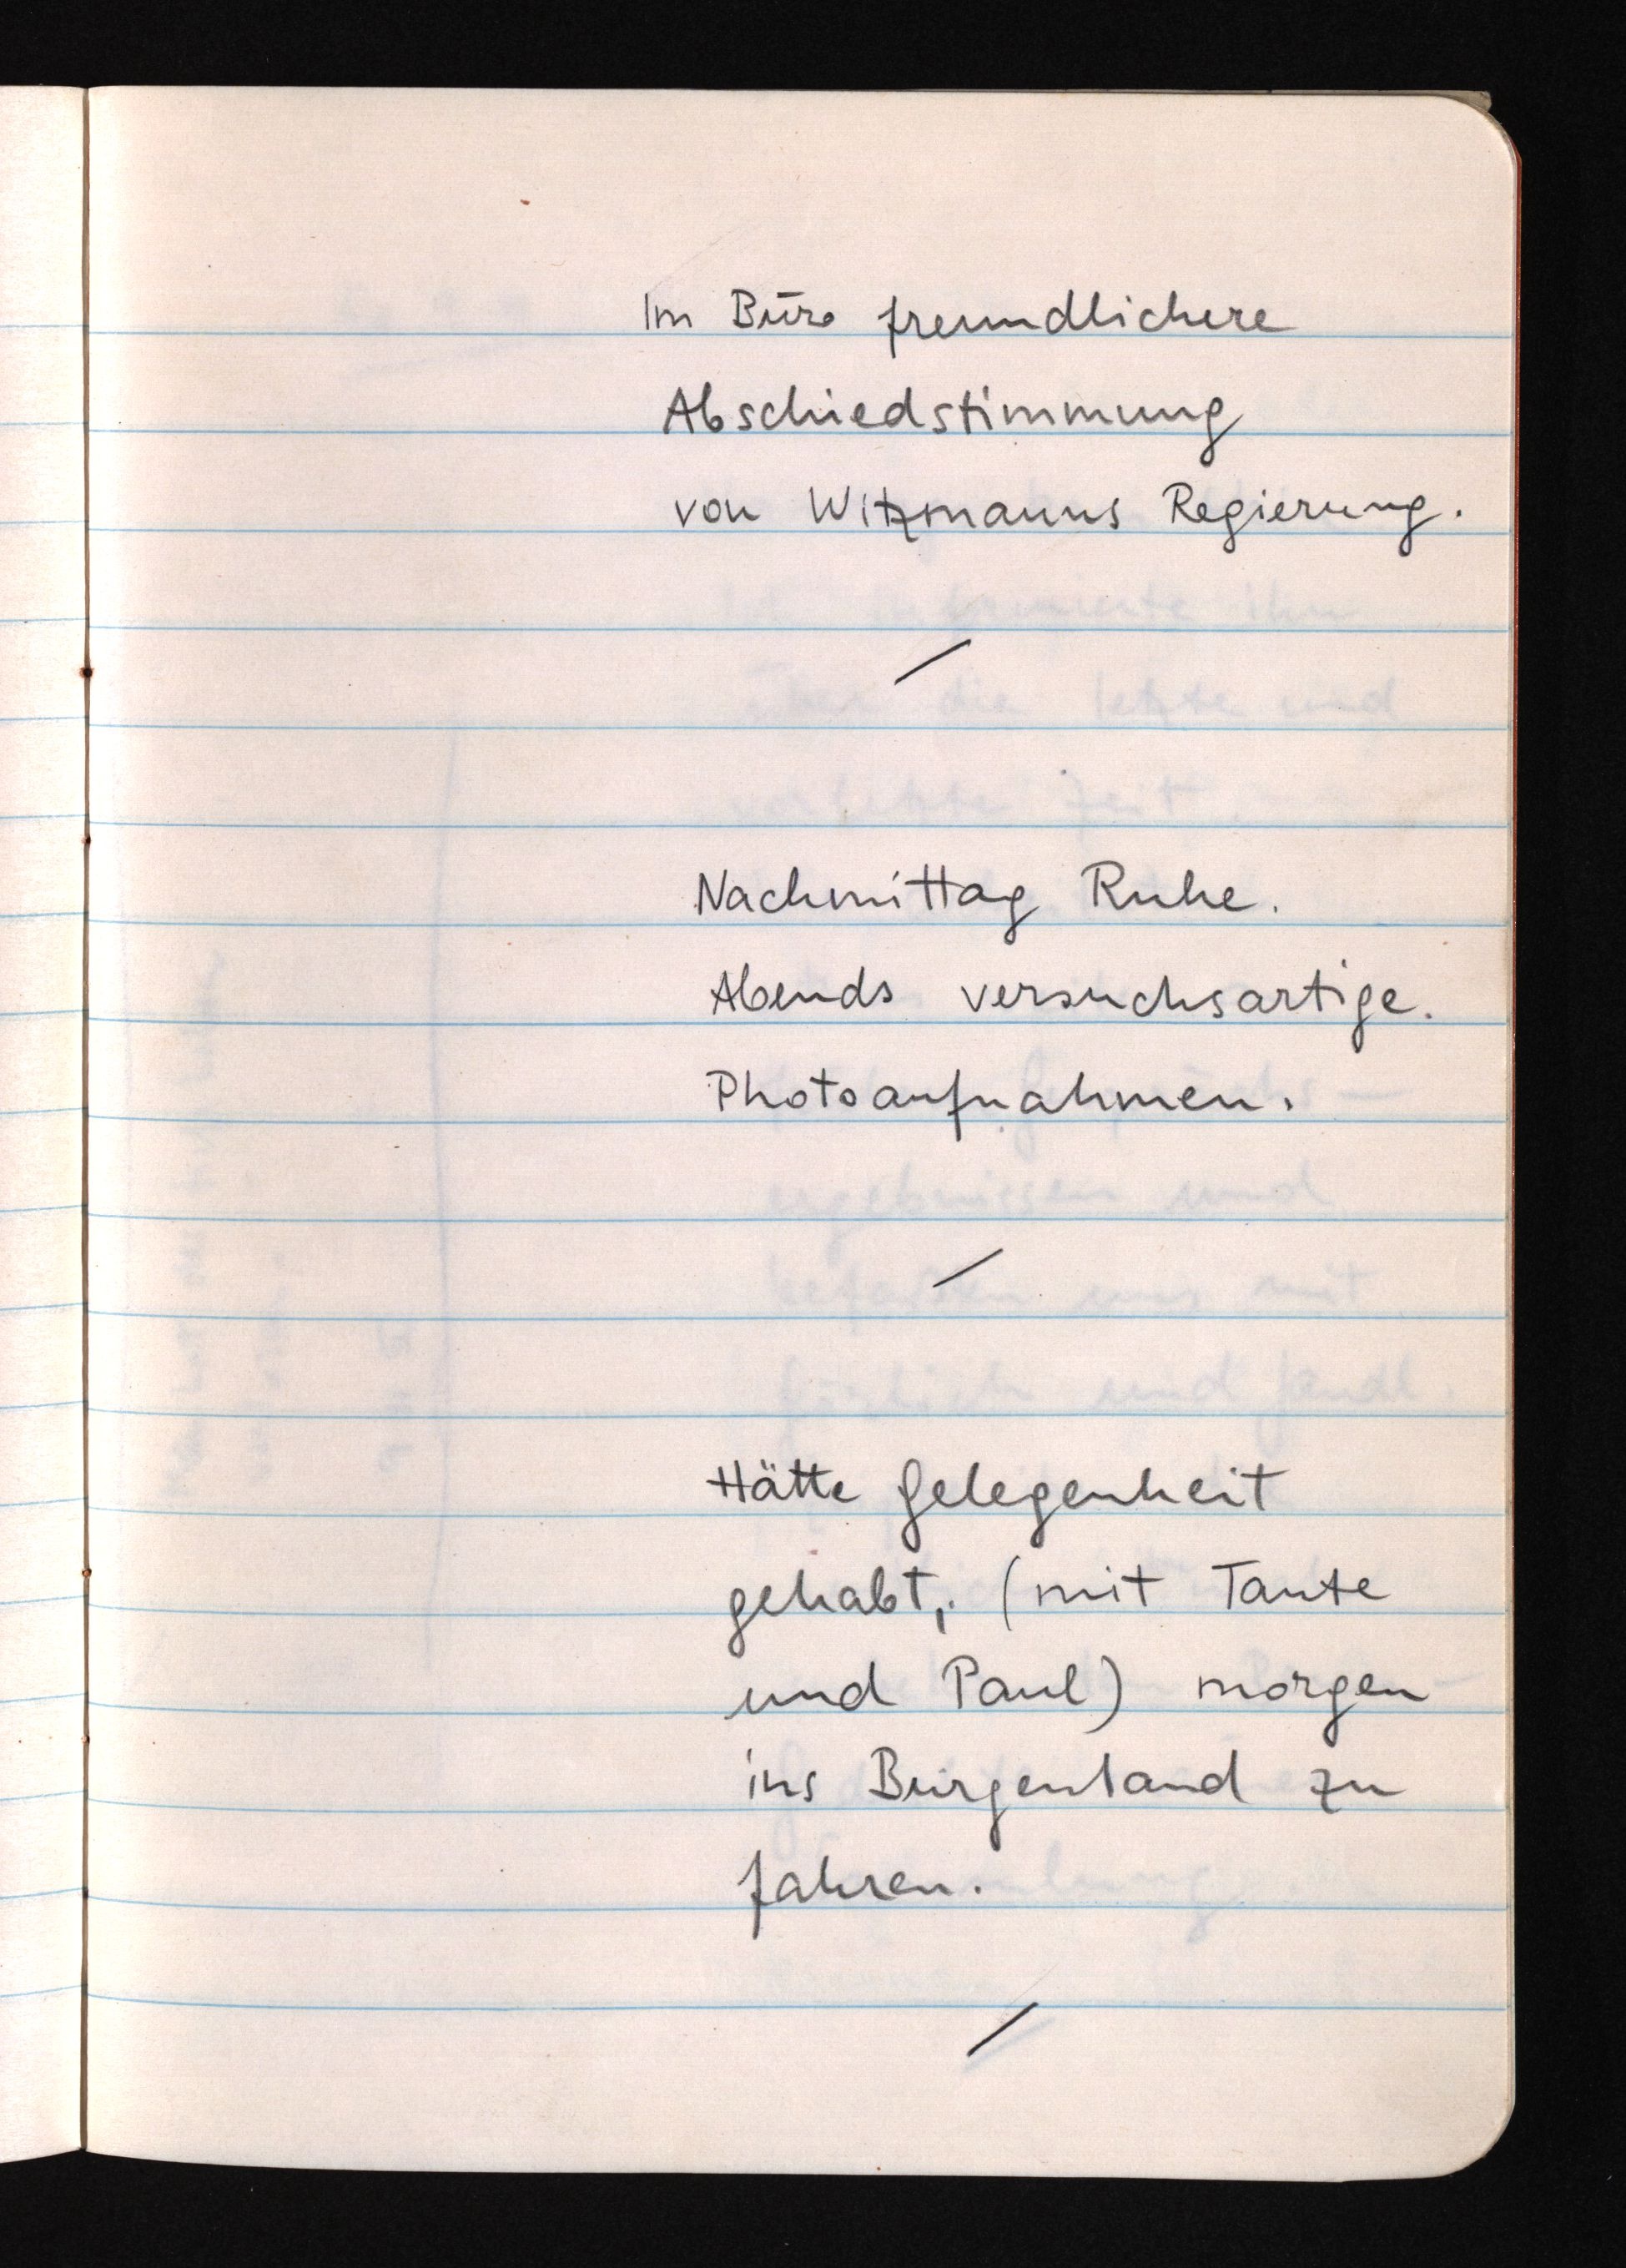
Im Büro freundlichere
Abschiedstimmung
von Witzmanns Regierung.
Nachmittag Ruhe.
Abends versuchsartige
Photoaufnahmen.
Hätte Gelegenheit
gehabt, (mit Tante
und Paul) morgen
ins Burgenland zu
fahren.